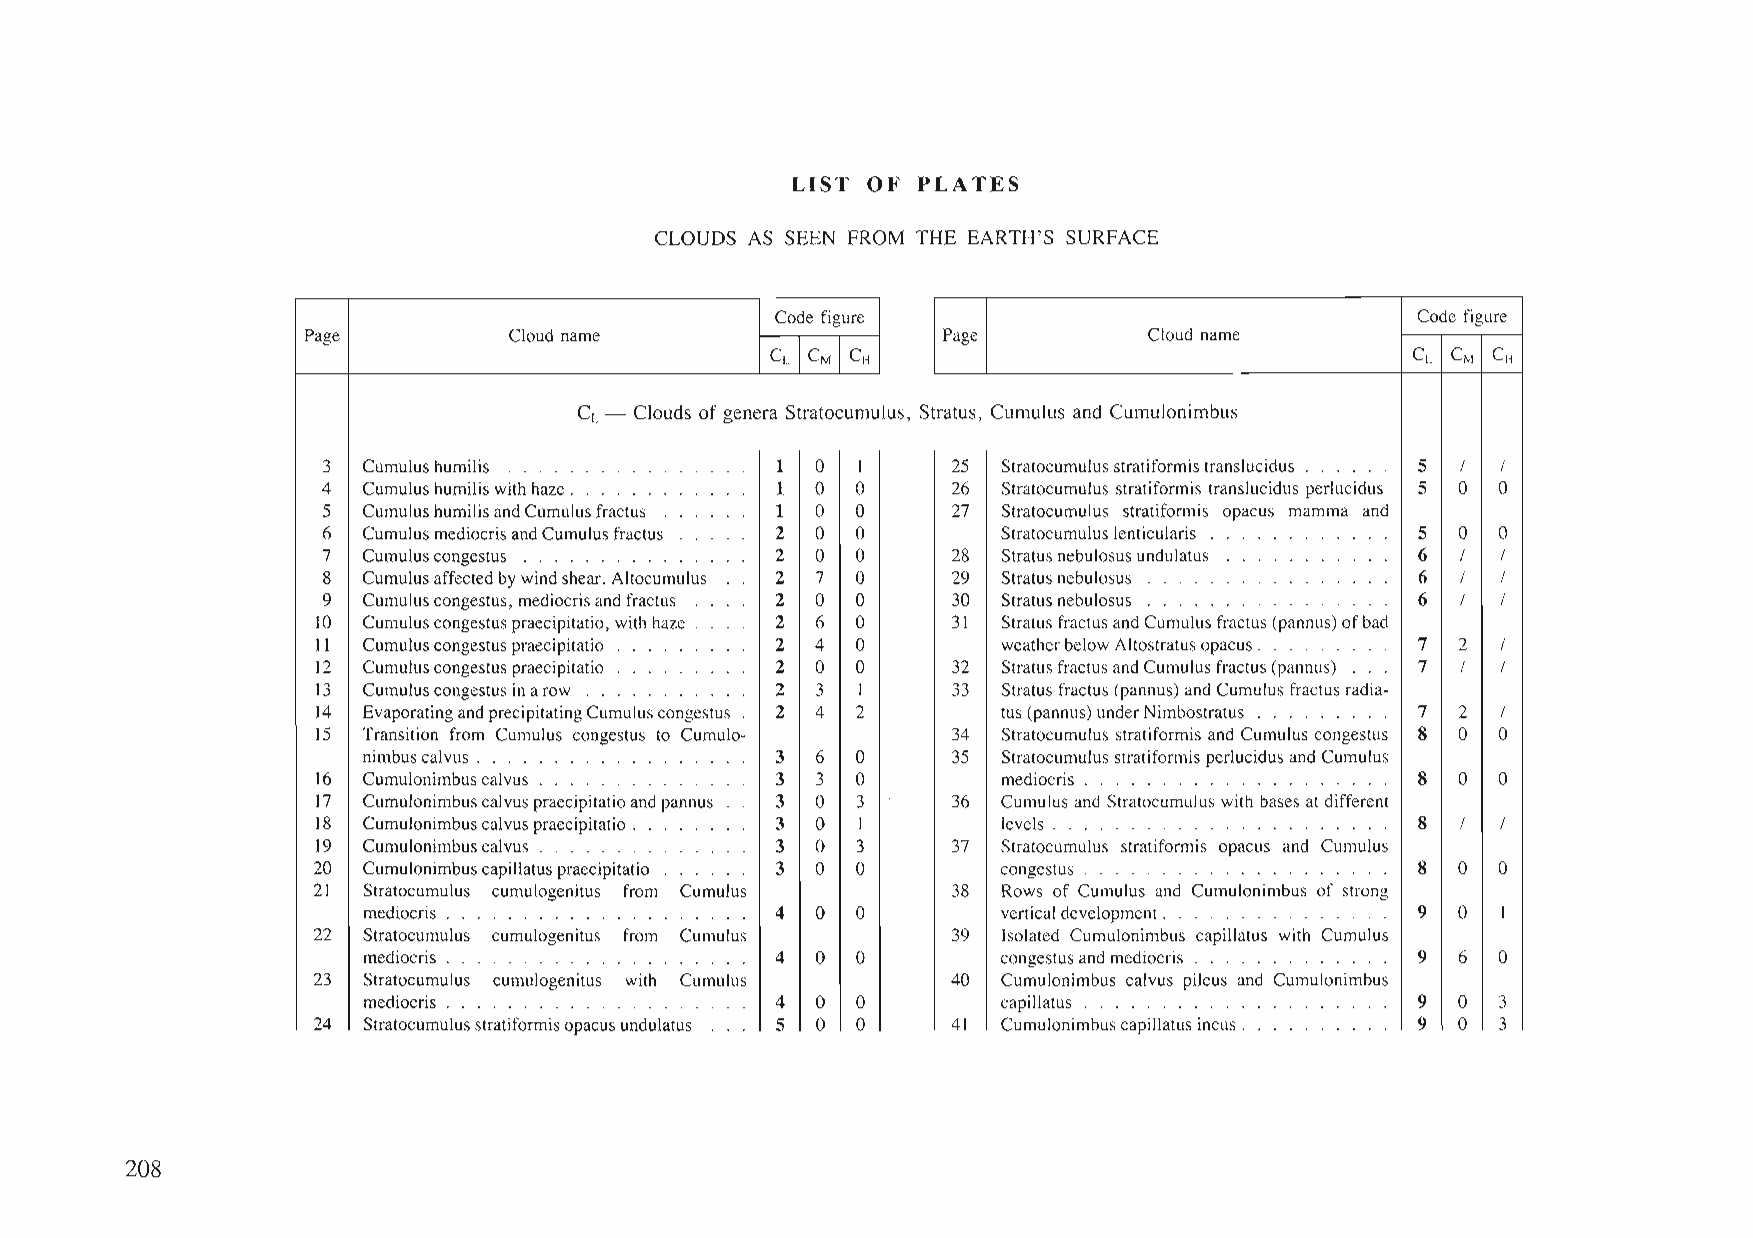
LIST OF  PLATES
 CLOUDS AS SEEN FROM THE EARTH'S SURFACE
 Code figure                                Code figure
 Page          Cloud name                  Page          Cloud name
 CL CM CH                                  CL CM CH
 =L- Clouds ofgenera Stratocumulus, Stratus, Cumulus and CUI
 3                 · .......   1  0  I     25 Stratocumulusstn            5  / /
 4                    . . . . · .. 1 0 0   26 Stratocumulus stn           5  0 0
 5                 sfractus .... 1 0 0     27 Stratocumulus st]
 6                 ilusfractus · . . . . 2 0 0 Stratocumuluslen           5  0 0
 7                 · . . . . . . . . . . 2 0 0 28 Stratusnebulosus        6  / /
 8                 :ar. Altocumulus · . 2 7 0 29 Stratusnebulosus         6  / /
 9                 sandfractus · .. 2 0 0  30 Stratusnebulosus            6  / /
 10                tio, with haze .. 2 6 0 31 Stratusfractus anc
 11                tio . . . . · . 2 4 0      weatherbelowAlt             7  2 /
 12                tio ......... 2 0 0     32 Stratusfractusand           7  / /
 13                · ........  2  3  1     33 Stratus fractus (pa
 14                Cumuluscongestus 2 4 2     tus(pannus)under            7  2 /
 15                )ngestus to Cumulo-     34 Stratocumulus stn           8 0  0
 · .......... 3 6  0     35 Stratocumulusstn
 16                · . . ....... 3 3 0        mediocris . . .             8 0  0
 17                >itatioandpannus 3 0 3  36 Cumulus and Stra
 18                >itatio ........ 3 0 I     levels ......               8  / /
 19                 . . . . . . . . . . 3 0 3 37 Stratocumulus str
 20                :cipitatio · .... 3 0 0    congestus .                 8 0  0
 21                us from Cumulus         38 Rows of Cumulu
 · .......... 4 0  0        verticaldevelopml           9 0  I
 22                us from Cumulus         39 Isolated Cumulor
 · . . ... · . 4 0 0        congestusandmet             9  6 0
 23                .us with Cumulus        40 Cumulonimbus c;
 · .... · .... 4 0 0        capillatus ..               9 0  3
 24               pacusundulatus · .. 5 0 0 41 Cumulonimbuscap            9 0  3
 208